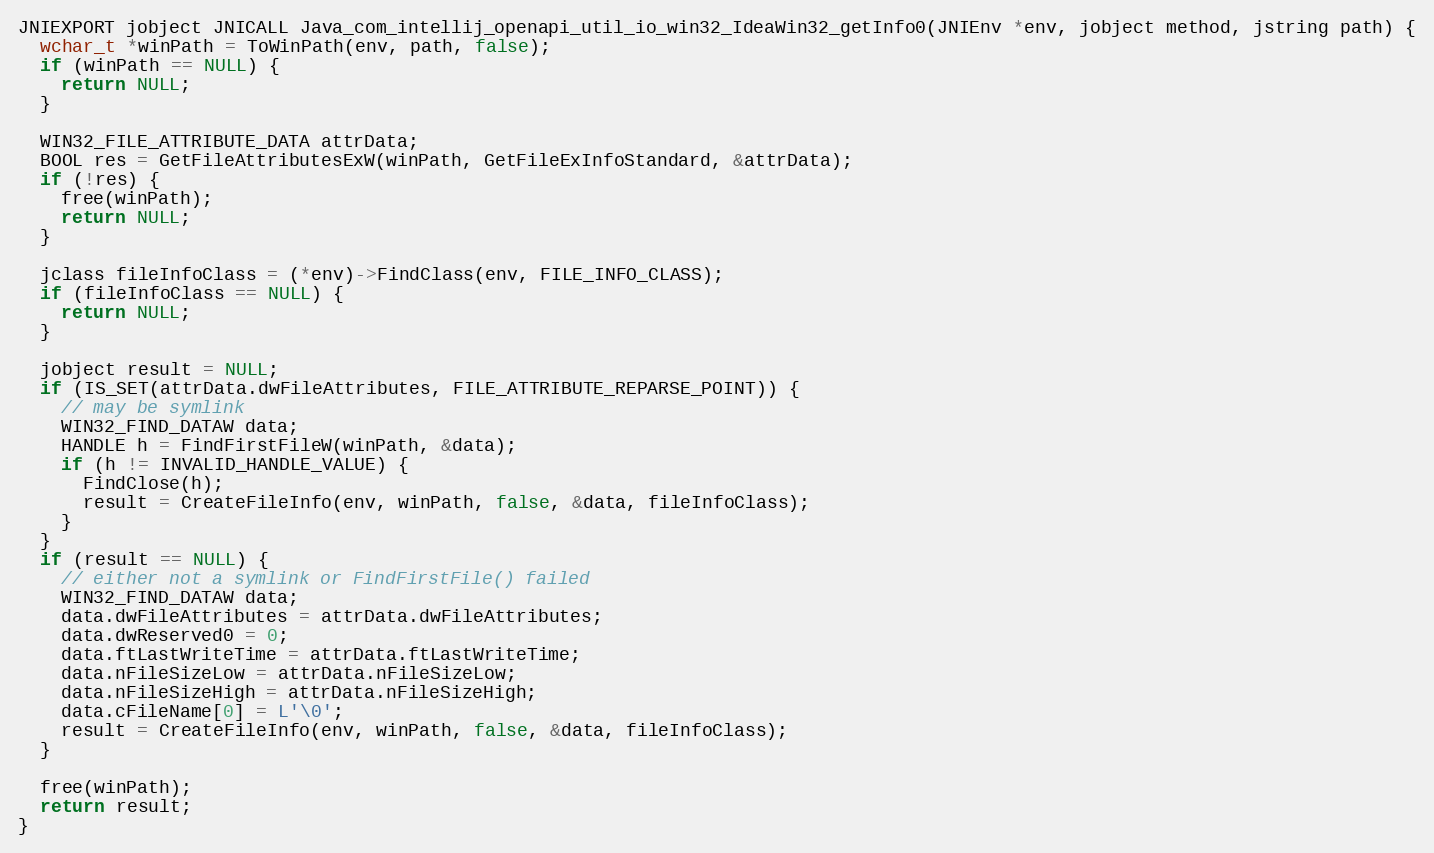
Language: C
JNIEXPORT jobject JNICALL Java_com_intellij_openapi_util_io_win32_IdeaWin32_getInfo0(JNIEnv *env, jobject method, jstring path) {
  wchar_t *winPath = ToWinPath(env, path, false);
  if (winPath == NULL) {
    return NULL;
  }

  WIN32_FILE_ATTRIBUTE_DATA attrData;
  BOOL res = GetFileAttributesExW(winPath, GetFileExInfoStandard, &attrData);
  if (!res) {
    free(winPath);
    return NULL;
  }

  jclass fileInfoClass = (*env)->FindClass(env, FILE_INFO_CLASS);
  if (fileInfoClass == NULL) {
    return NULL;
  }

  jobject result = NULL;
  if (IS_SET(attrData.dwFileAttributes, FILE_ATTRIBUTE_REPARSE_POINT)) {
    // may be symlink
    WIN32_FIND_DATAW data;
    HANDLE h = FindFirstFileW(winPath, &data);
    if (h != INVALID_HANDLE_VALUE) {
      FindClose(h);
      result = CreateFileInfo(env, winPath, false, &data, fileInfoClass);
    }
  }
  if (result == NULL) {
    // either not a symlink or FindFirstFile() failed
    WIN32_FIND_DATAW data;
    data.dwFileAttributes = attrData.dwFileAttributes;
    data.dwReserved0 = 0;
    data.ftLastWriteTime = attrData.ftLastWriteTime;
    data.nFileSizeLow = attrData.nFileSizeLow;
    data.nFileSizeHigh = attrData.nFileSizeHigh;
    data.cFileName[0] = L'\0';
    result = CreateFileInfo(env, winPath, false, &data, fileInfoClass);
  }

  free(winPath);
  return result;
}